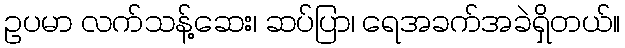
ဥပမာ လက်သန့်ဆေး၊ ဆပ်ပြာ၊ ရေအခက်အခဲရှိတယ်။